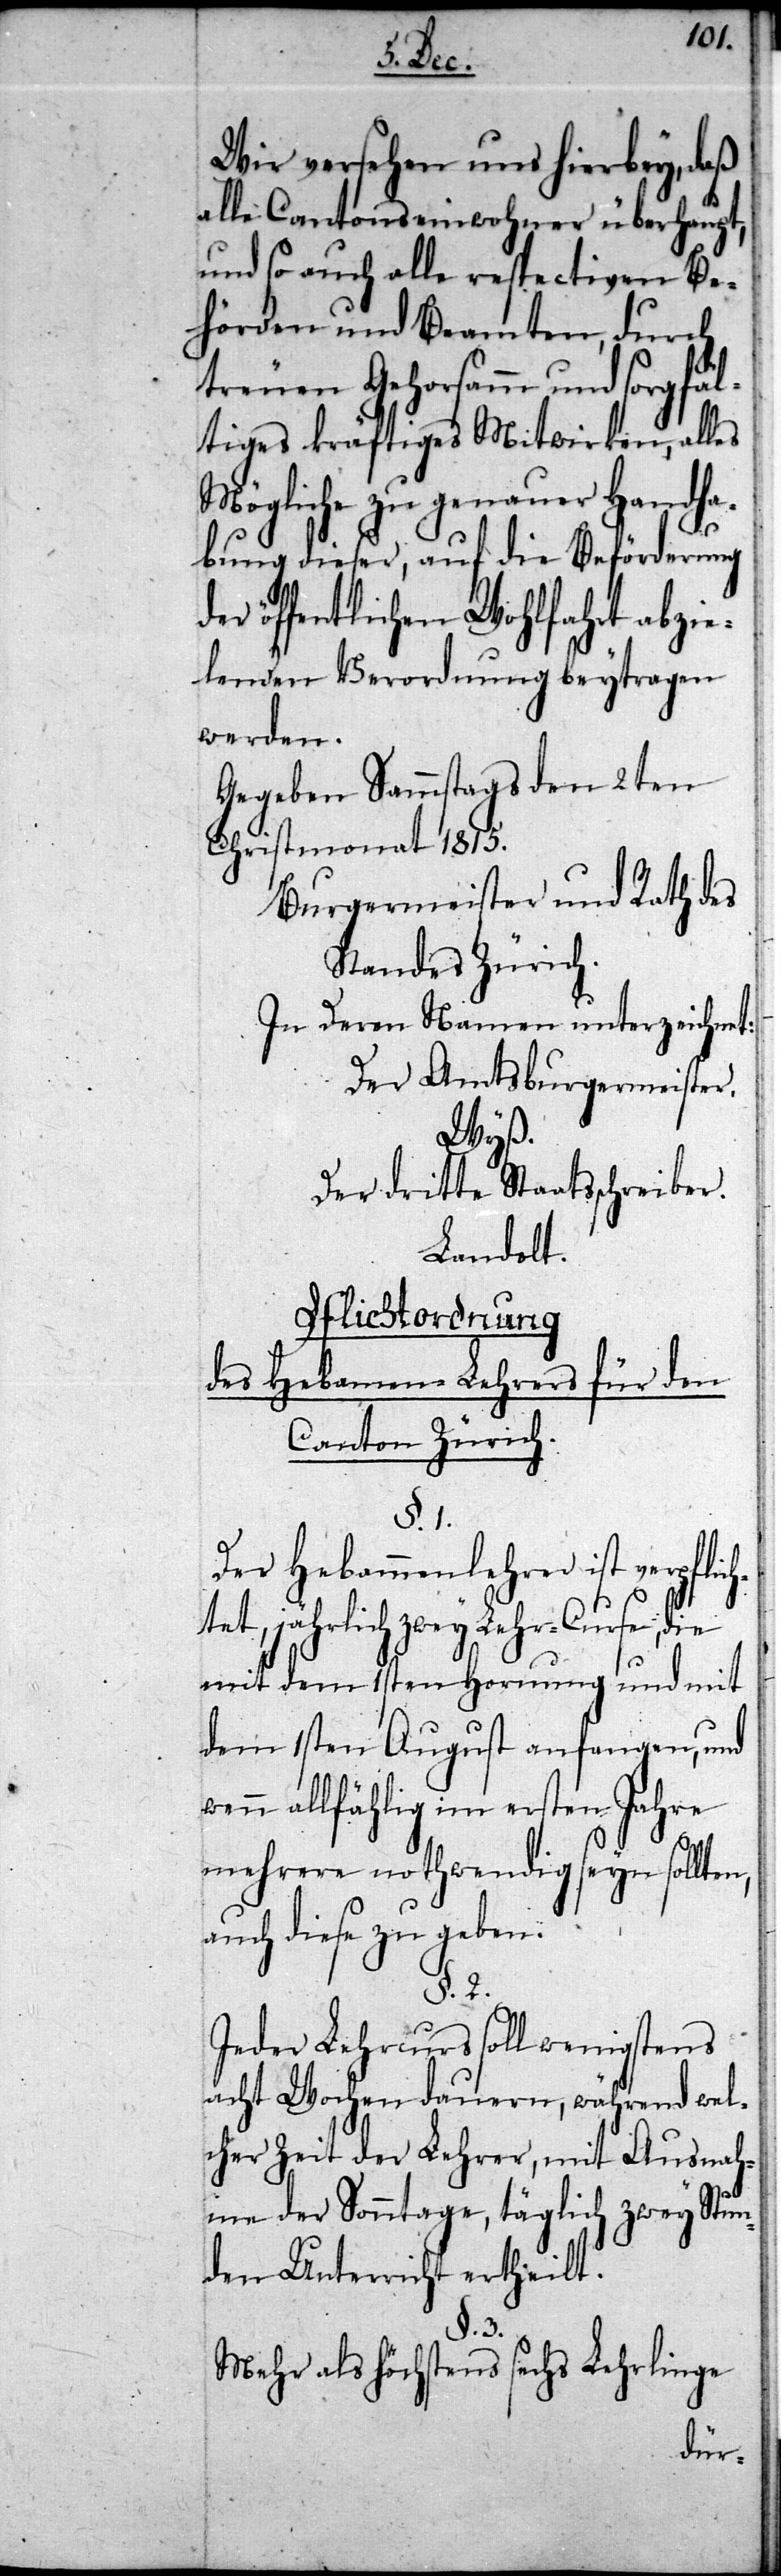
h¬
Wir versehen uns hierbey, daß
alle Cantonseinwohner überhaupt,
und so auch alle respectiven Be¬
hörden und Beamten, durch
treuen Gehorsamm und sorgfäl¬
tiges kräftiges Mitwirken, alles
Mögliche zu genauer Handha¬
bung dieser, auf die Beförderung
der öffentlichen Wohlfahrt abzie¬
lenden Verordnung beytragen
werden.
Gegeben Sammstags den 2ten
Christmonat 1815.
Burgermeister und Rath des
Standes Zürich.
In deren Namen unterzeichnet:
Der Amtsburgermeister.
Wyß.
Der dritte Staatsschreiber.
Landolt.
Pflichtordnung
des Hebammen Lehrers für den
Canton Zürich.
§. 1.
Der Hebammenlehrer ist verpflic¬
tet, jährlich zwey Lehr-Curse,
mit dem 1sten Hornung und mit
dem 1sten August anfangen, und
wenn allfählig im ersten Jahre
mehrere nothwendig seyn sollten,
auch diese zu geben.
§. 2.
Jeder Lehrcurs soll wenigstens
acht Wochen dauern, während wel¬
cher Zeit der Lehrer, mit Ausnah¬
me der Sonntage, täglich zwey Stun¬
den Unterricht ertheilt.
§. 3.
Mehr als höchstens sechs Lehrlinge